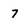
Character: 7